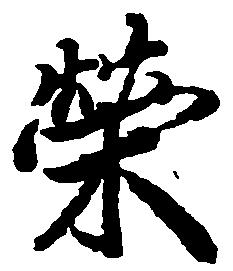
栄